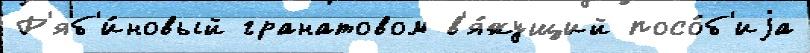
Р'яб'и́новый гранатовом в'я́жущий посо́б'иjа